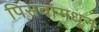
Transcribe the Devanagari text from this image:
पिसवांमधून